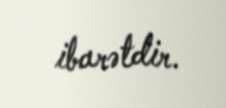
ibarətdir.